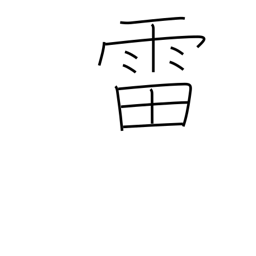
Meaning: thunder